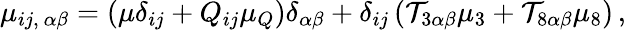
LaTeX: \mu_{ij,~\alpha\beta}=(\mu\delta_{ij}+Q_{ij}\mu_{Q})\delta_{\alpha\beta}+\delta_{ij}\left(\mathcal{T}_{3\alpha\beta}\mu_{3}+\mathcal{T}_{8\alpha\beta}\mu_{8}\right)\, ,